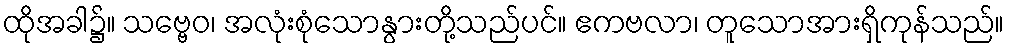
ထိုအခါ၌။ သဗ္ဗေဝ၊ အလုံးစုံသောနွားတို့သည်ပင်။ ဧကဗလာ၊ တူသောအားရှိကုန်သည်။